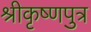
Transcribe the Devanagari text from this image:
श्रीकृष्णपुत्र